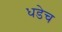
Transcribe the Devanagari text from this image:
धडेच